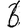
Digit: 6